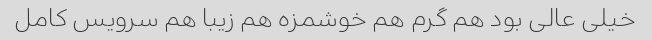
خیلی عالی بود هم گرم هم خوشمزه هم زیبا هم سرویس کامل